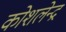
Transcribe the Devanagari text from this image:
कोशलेन्द्र